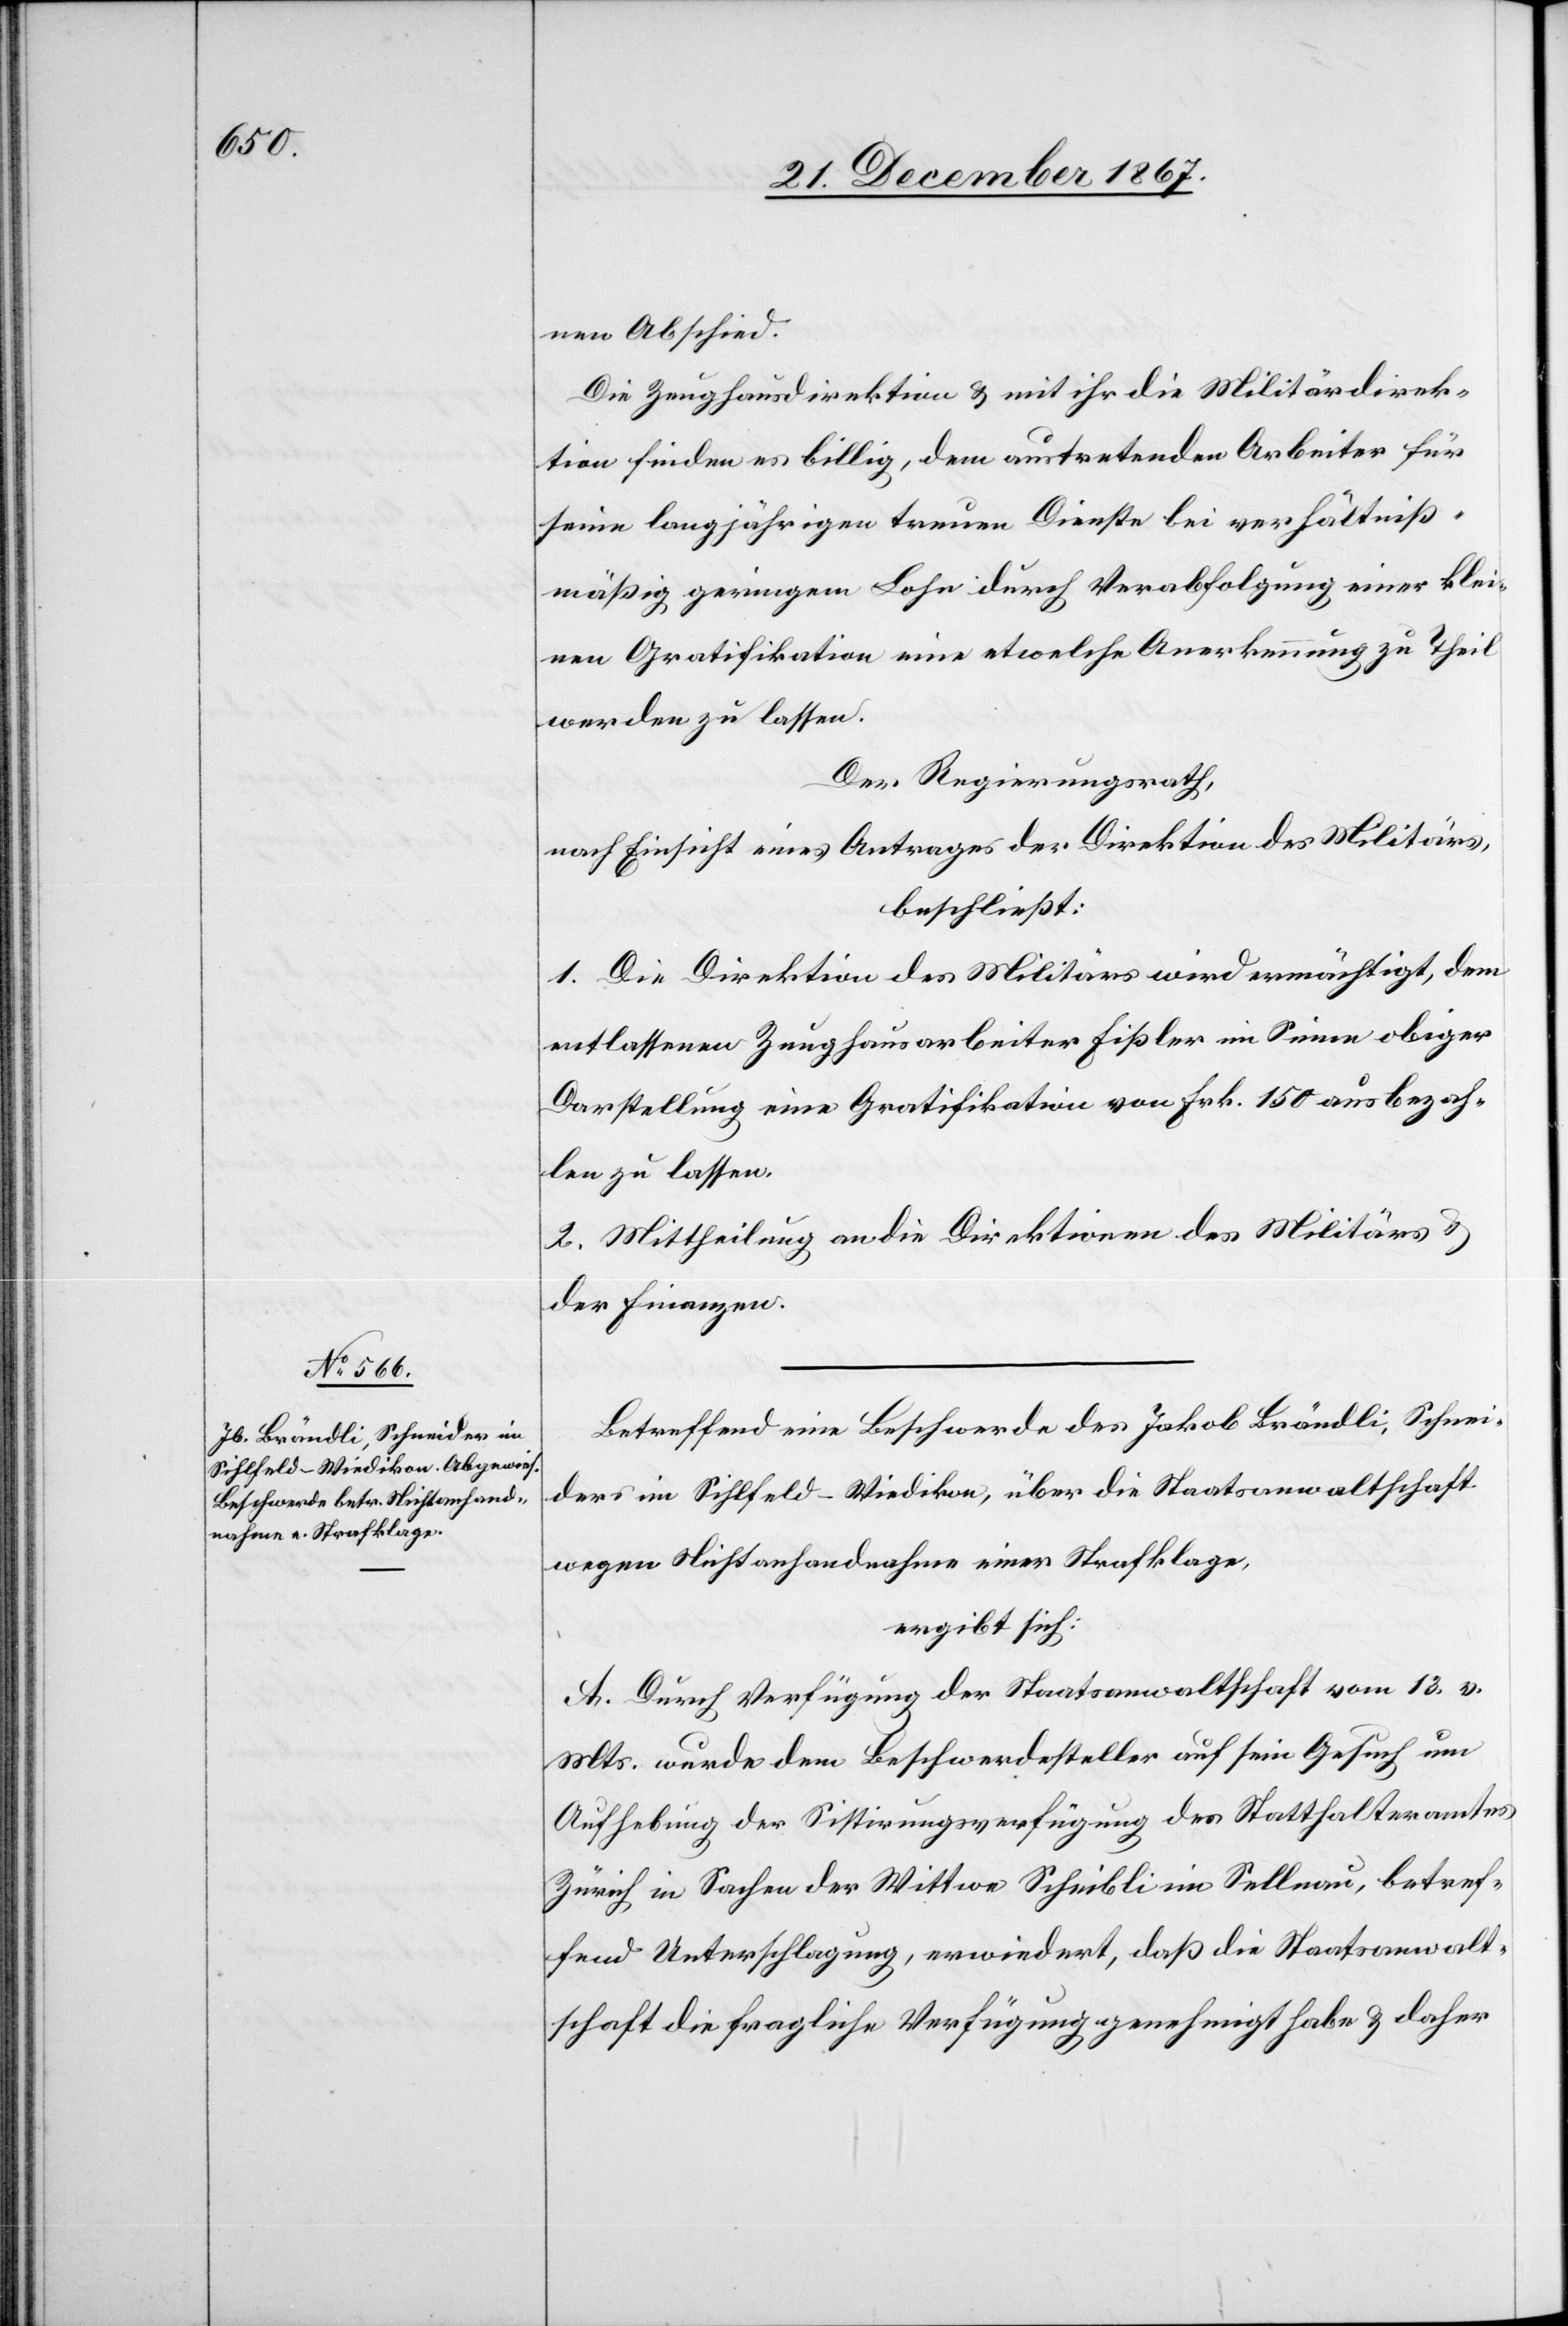
nen Abschied.
Die Zeughausdirektion u. mit ihr die Militärdirek¬
tion finden es billig, dem austretenden Arbeiter für
seine langjährigen treuen Dienste bei verhältniß¬
mäßig geringem Lohn durch Verabfolgung einer klei¬
nen Gratifikation eine etwelche Anerkennung zu Theil
werden zu lassen.
Der Regierungsrath,
nach Einsicht eines Antrages der Direktion des Militärs,
beschließt:
1. Die Direktion des Militärs wird ermächtigt, dem
entlassenen Zeughausarbeiter Fißler im Sinne obiger
Darstellung eine Gratifikation von Frk. 150 ausbezah¬
len zu lassen.
2. Mittheilung an die Direktionen des Militärs u.
der Finanzen.
Betreffend eine Beschwerde des Jakob Brändli, Schnei¬
ders im Sihlfeld-Wiedikon, über die Staatsanwaltschaft
wegen Nichtanhandnahme einer Strafklage,
ergibt sich:
A. Durch Verfügung der Staatsanwaltschaft vom 13. v.
Mts. wurde dem Beschwerdesteller auf sein Gesuch um
Aufhebung der Sistirungsverfügung des Statthalteramtes
Zürich in Sachen der Wittwe Scheibli im Sellnau, betref¬
fend Unterschlagung, erwiedert, daß die Staatsanwalt¬
schaft die fragliche Verfügung genehmigt habe u. daher